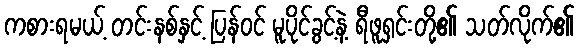
ကစားရမယ့် တင်းနစ်နှင့် ပြန်ဝင် မူပိုင်ခွင့်နဲ့ ရီဖူရှင်းတို့၏ သတ်လိုက်၏